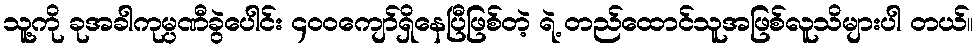
သူ့ကို ခုအခါကုမ္ပဏီခွဲပေါင်း ၄၀၀ကျော်ရှိနေပြီဖြစ်တဲ့ ရဲ့ တည်ထောင်သူအဖြစ်လူသိများပါ တယ်။